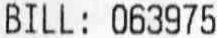
BILL: 063975